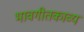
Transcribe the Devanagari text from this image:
भावगीतकाव्य